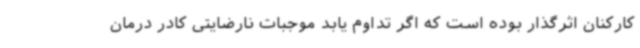
کارکنان اثرگذار بوده است که اگر تداوم یابد موجبات نارضایتی کادر درمان